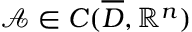
\mathcal { A } \in C ( \overline { { D } } , \mathbb { R } ^ { n } )